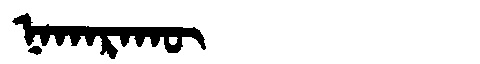
Manchu: ᠨᠠᡴᠠᡵᠠᡴᡡ
Romanization: NAKARAKŪ